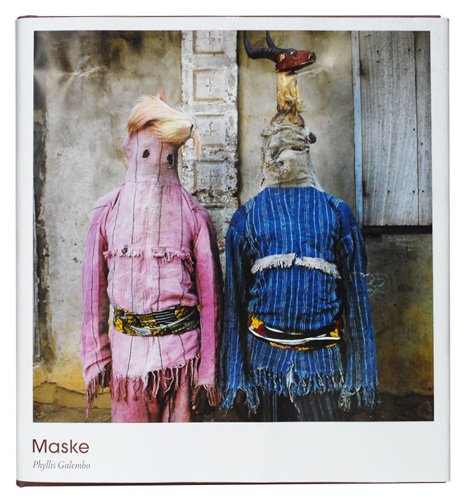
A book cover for Phyllis Galembo: Maske; Travel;